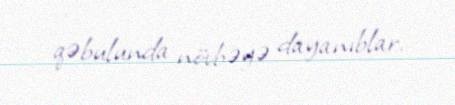
qəbulunda növbəyə dayanıblar.